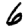
Digit: 6